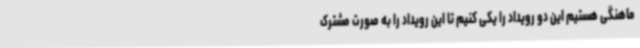
ماهنگی هستیم این دو رویداد را یکی کنیم تا این رویداد را به صورت مشترک